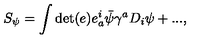
S _ { \psi } = \int \det ( e ) e _ { a } ^ { i } \bar { \psi } \gamma ^ { a } D _ { i } \psi + . . . ,